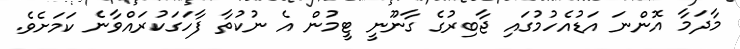
މާދަމާ އޮންނަ އަޑުއެހުމުގައި ޖާބިރުގެ ގާނޫނީ ޓީމުން އެ ނުކުތާ ފާހަގަކުރައްވާނެ ކަމަށެވެ.